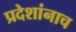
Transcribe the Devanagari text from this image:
प्रदेशांनाच